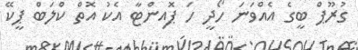
ގުރޫޕް ބީގެ އެއްވަނަ ހޯދީ ހަ ޕޮއިންޓާ އެކު އޮތް ކްލަބް ޕީކޭ